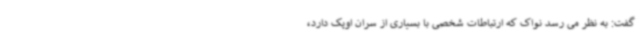
گفت: به نظر می رسد نواک که ارتباطات شخصی با بسیاری از سران اوپک دارد،